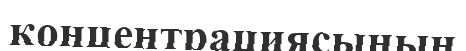
концентрациясының